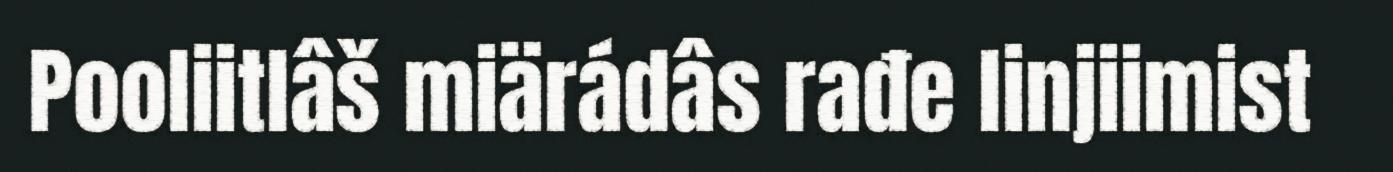
Pooliitlâš miärádâs rađe linjiimist